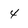
Character: 4